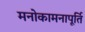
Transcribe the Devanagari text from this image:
मनोकामनापूर्ति